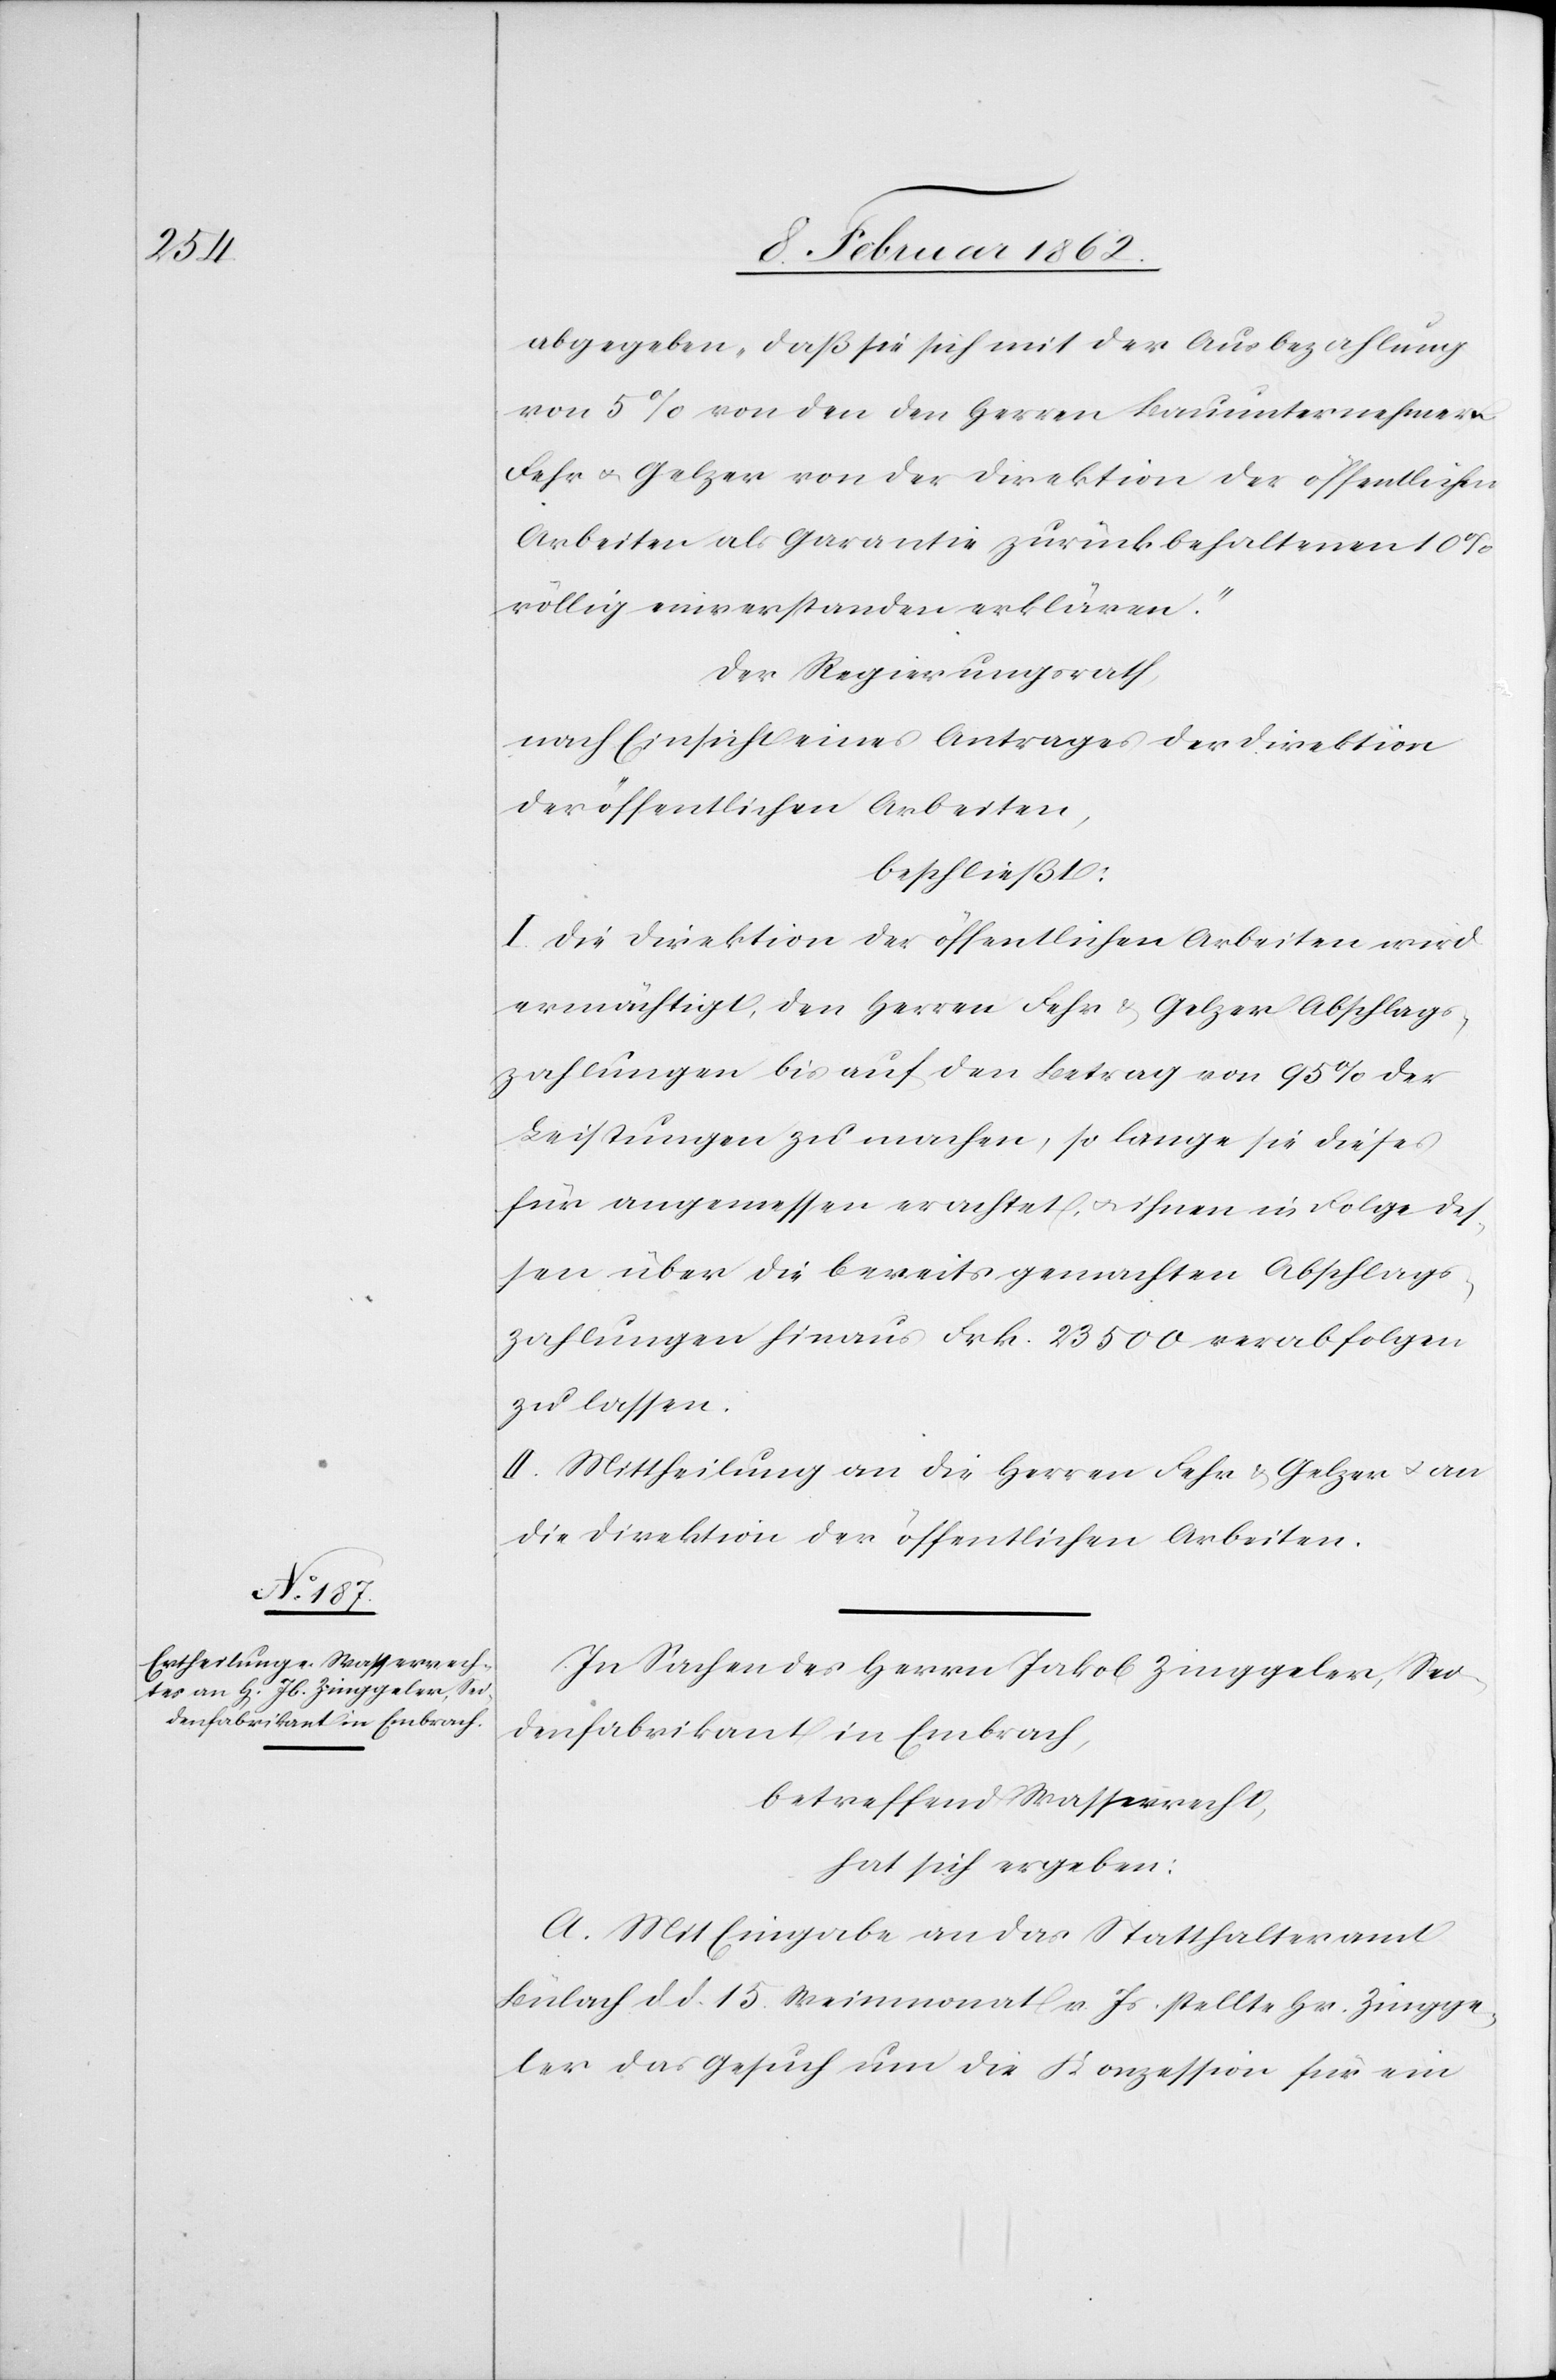
abgegeben, daß sie sich mit der Ausbezahlung
von 5% von den den Herren Bauunternehmern
Fehr u. Gelzer von der Direktion der öffentlichen
Arbeiten als Garantie zurück behaltenen 10%
völlig einverstanden erklären.
Der Regierungsrath,
nach Einsicht eines Antrages der Direktion
der öffentlichen Arbeiten,
beschließt:
I. Die Direktion der öffentlichen Arbeiten wird
ermächtigt, den Herren Fehr & Gelzer Abschlags¬
zahlungen bis auf den Betrag von 95% der
Leistungen zu machen, so lange sie dieses
für angemessen erachtet, u. ihnen in Folge des¬
sen über die bereits gemachten Abschlags¬
zahlungen hinaus Frk. 23 500 verabfolgen
zu lassen.
II. Mittheilung an die Herren Fehr & Gelzer u. an
die Direktion der öffentlichen Arbeiten.
In Sachen des Herrn Jakob Zinggeler, Sei¬
denfabrikant in Embrach,
betreffend Wasserrecht,
hat sich ergeben:
A. Mit Eingabe an das Statthalteramt
Bülach d. d. 15. Weinmonat v. Js. stellte Hr. Zingge¬
ler das Gesuch um die Konzession für ein